Annual returns of the Patna Lunatic Asylum at Bankipore in Bihar and Orissa - 1912-1924
Year: 1912
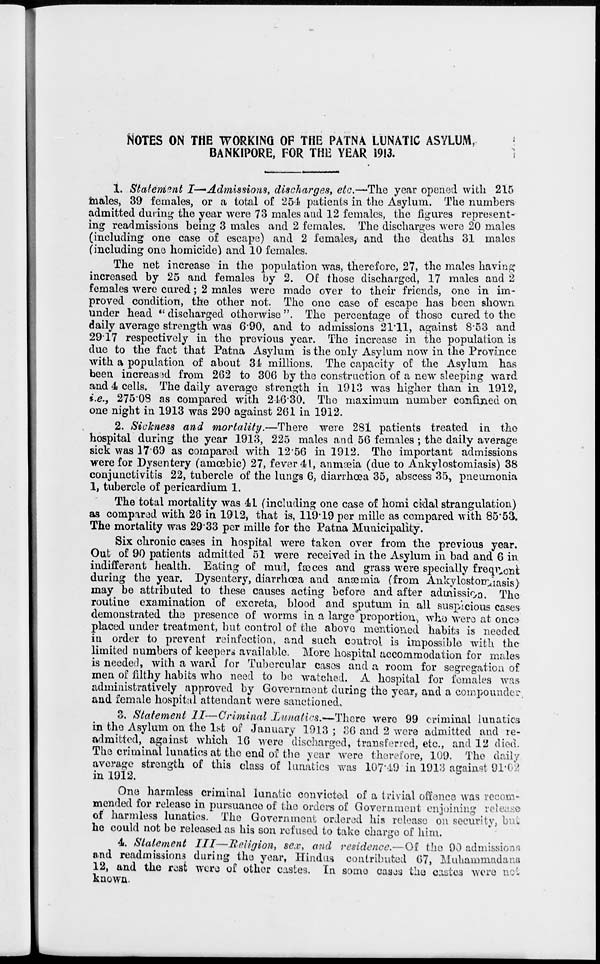
NOTES ON THE WORKING OF THE PATNA LUNATIC ASYLUM,
BANKIPORE, FOR THE YEAR 1913.
1. Statement I—Admissions, discharges, etc.—The year opened with 215
males, 39 females, or a total of 254 patients in the Asylum. The numbers
admitted during the year were 73 males and 12 females, the figures represent-
ing readmissions being 3 males and 2 females. The discharges were 20 males
(including one case of escape) and 2 females, and the deaths 31 males
(including one homicide) and 10 females.
The net increase in the population was, therefore, 27, the males having
increased by 25 and females by 2. Of those discharged, 17 males and 2
females were cured; 2 males were made over to their friends, one in im-
proved condition, the other not. The one case of escape has been shown
under head "discharged otherwise ". The percentage of those cured to the
daily average strength was 6.90, and to admissions 21.11, against 8.53 and
2917 respectively in the previous year. The increase in the population is
due to the fact that Patna Asylum is the only Asylum now in the Province
with a population of about 34 millions. The capacity of the Asylum has
been increased from 262 to 306 by the construction of a new sleeping ward
and 4 cells. The daily average strength in 1913 was higher than in 1912,
i.e., 275.08 as compared with 246.30. The maximum number confined on
one night in 1913 was 290 against 261 in 1912.
2. Sickness and mortality.—There
were 281 patients treated in the
hospital during the year 1913, 225 males and 56 females ; the daily average
sick was 17.69 as compared with 12.56 in 1912. The important admissions
were for Dysentery (amœbic) 27, fever 41, anmæia (due to Ankylostomiasis) 38
conjunctivitis 22, tubercle of the lungs 6, diarrhœa 35, abscess 35, pneumonia
1, tubercle of pericardium 1.
The total mortality was 41 (including one case of homi cidal strangulation)
as compared with 26 in 1912, that is, 119.19 per mille as compared with 85.53.
The mortality was 29.33 per mille for the Patna Municipality.
Six chronic cases in hospital were taken over from the previous year.
Out of 90 patients admitted 51 were received in the Asylum in bad and 6 in
indifferent health. Eating of mud, fæces and grass were specially frequent
during the year. Dysentery, diarrhœa and anæmia (from Ankylestomiasis)
may be attributed to these causes acting before and after admission. The
routine examination of excreta, blood and sputum in all suspicious cases
demonstrated the presence of worms in a large proportion, who were at once
placed under treatment, but control of the above mentioned habits is needed
in order to prevent reinfection, and such control is impossible with the
limited numbers of keepers available. More hospital accommodation for males
is needed, with a ward for Tubercular cases and a room for segregation of
men of filthy habits who need to be watched. A hospital for females was
administratively approved by Government during the year, and a compounder
and female hospital attendant were sanctioned.
3. Statement II—Criminal Lunatics.—There were 99 criminal lunatics
in the Asylum on the 1st of January 1913 ; 36 and 2 were admitted and re-
admitted, against which 16 were discharged, transferred, etc., and 12 died.
The criminal lunatics at the end of the year were therefore, 109. The daily
average strength of this class of lunatics was 107.49 in 1913 against 91.62
in 1912.
One harmless criminal lunatic convicted of a trivial offence was recom¬
mended for release in pursuance of the orders of Government enjoining release
of harmless lunatics. The Government ordered his release on security, but
he could not be released as his son refused to take charge of him.
4. Statement III—Religion,
sex, and residence.— Of the 90 admissions
and readmissions during the year, Hindus contributed 67, Muhammadans
12, and the rest were of other castes. In some cases the castes were not
known.